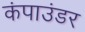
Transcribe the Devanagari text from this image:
कंपाउंडर